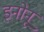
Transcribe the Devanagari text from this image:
इनोनू